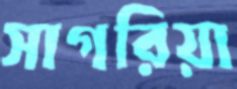
সাগরিয়া